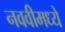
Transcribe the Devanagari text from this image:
नववीमध्ये